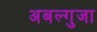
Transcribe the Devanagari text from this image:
अबल्गुजा